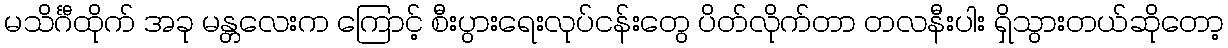
မသိင်္ဂီထိုက် အခု မန္တလေးက ကြောင့် စီးပွားရေးလုပ်ငန်းတွေ ပိတ်လိုက်တာ တလနီးပါး ရှိသွားတယ်ဆိုတော့